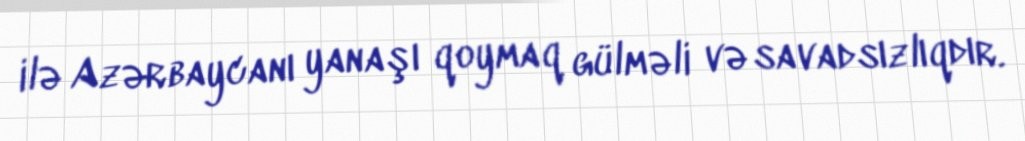
ilə Azərbaycanı yanaşı qoymaq gülməli və savadsızlıqdır.